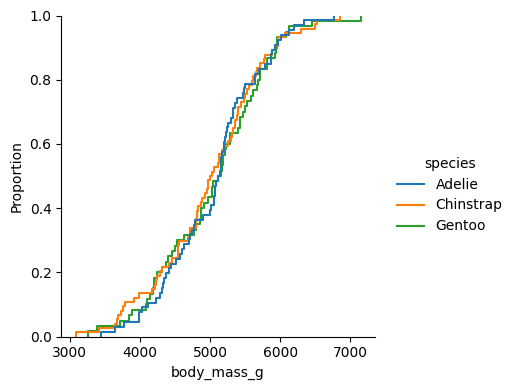
python, seaborn, displot, kind='ecdf', column='body_mass_g', hue='species', height=4, aspect=1.0